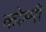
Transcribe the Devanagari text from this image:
कोम्मी